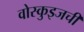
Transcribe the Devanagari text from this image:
वोस्कुइजची